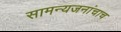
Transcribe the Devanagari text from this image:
सामन्यजनांचाच